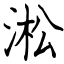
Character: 淞